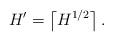
LaTeX: \begin{align*}H'=\left\lceil H^{1/2}\right\rceil.\end{align*}